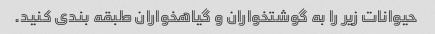
حیوانات زیر را به گوشتخواران و گیاهخواران طبقه بندی کنید.